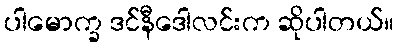
ပါမောက္ခ ဒင်နီဒေါလင်းက ဆိုပါတယ်။